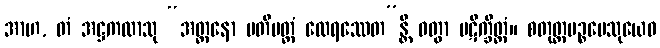
အာဟ, တံ အဋ္ဌကထာသု “အတ္တနော မတိမတ္တံ ထေရဿေတ”န္တိ ဝတွာ ပဋိက္ခိတ္တံ။ စတုတ္ထပဉ္စမေသုယေဝ